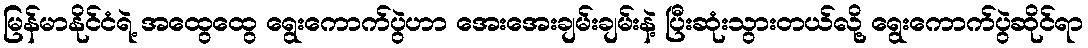
မြန်မာနိုင်ငံရဲ့ အထွေထွေ ရွေးကောက်ပွဲဟာ အေးအေးချမ်းချမ်းနဲ့ ပြီးဆုံးသွားတယ်လို့ ရွေးကောက်ပွဲဆိုင်ရာ